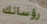
رؤسائك